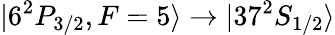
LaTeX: \vert 6^{2}P_{3/2},F=5\rangle\rightarrow\vert 37^{2}S_{1/2}\rangle